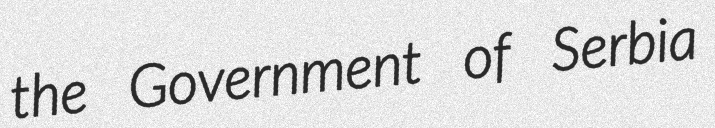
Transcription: the Government of Serbia